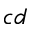
c d